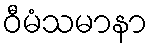
ဝီမံသမာနာ